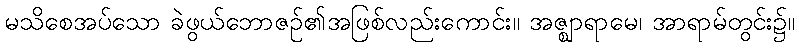
မသိစေအပ်သော ခဲဖွယ်ဘောဇဉ်၏အဖြစ်လည်းကောင်း။ အဇ္ဈာရာမေ၊ အာရာမ်တွင်း၌။